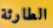
الطارئة